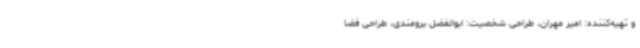
و تهیه‌کننده: امیر مهران، طراحی شخصیت: ابوالفضل برومندی، طراحی فضا